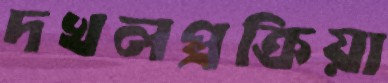
দখলপ্রক্রিয়া